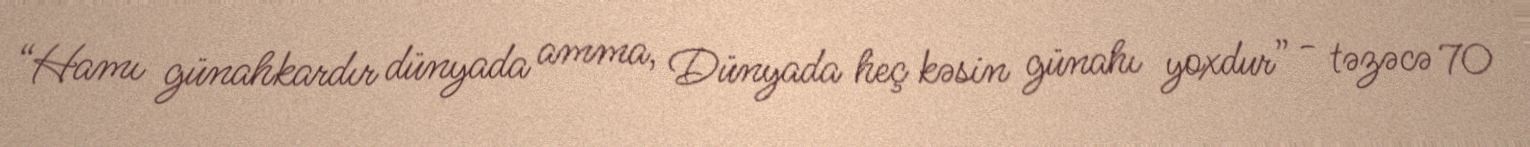
“Hamı günahkardır dünyada amma, Dünyada heç kəsin günahı yoxdur” - təzəcə 70